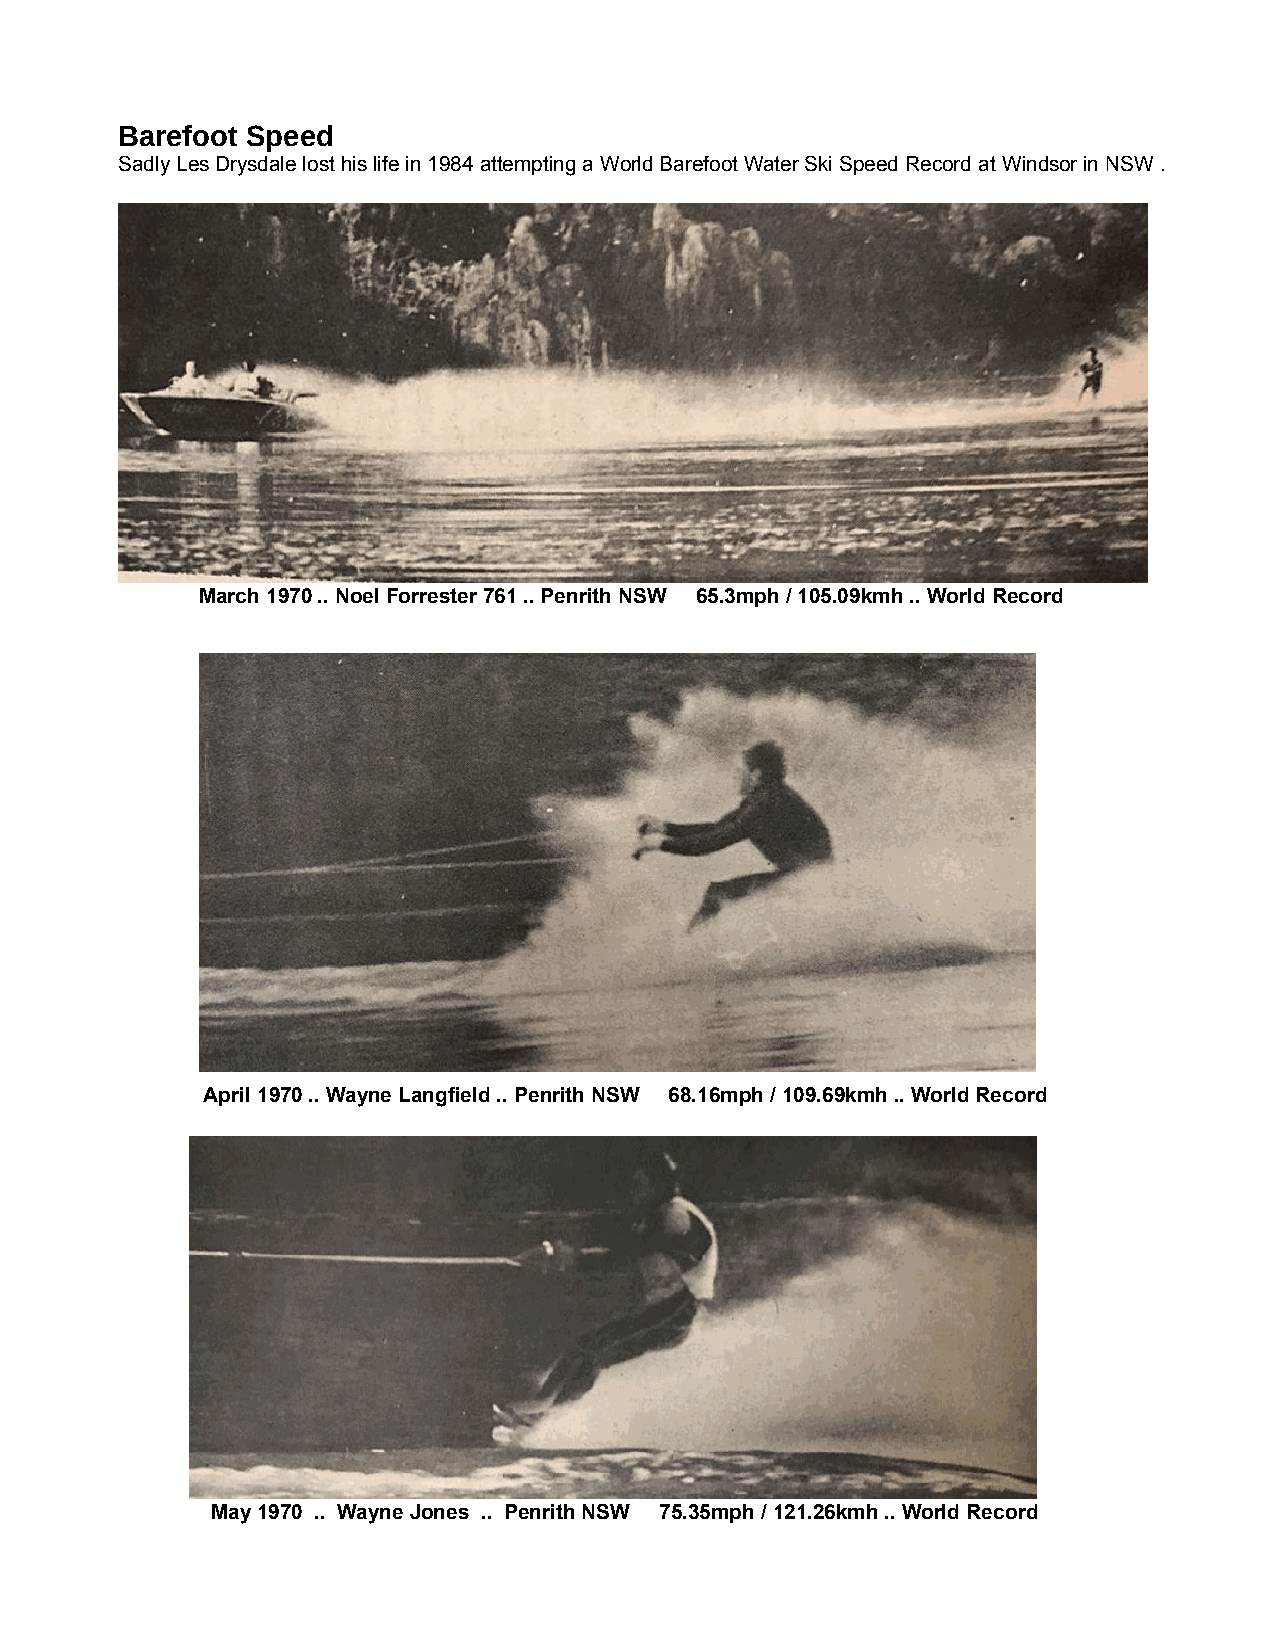
Barefoot Speed
 Sadly Les Drysdale lost his life in 1984 attempting a World Barefoot Water Ski Speed Record at Windsor in NSW .
 March 1970 .. Noel Forrester 761 .. Penrith NSW 65.3mph / 105.09kmh .. World Record
 April 1970 .. Wayne Langfield .. Penrith NSW 68.16mph / 109.69kmh .. World Record
 May 1970 .. Wayne Jones .. Penrith NSW 75.35mph / 121.26kmh .. World Record